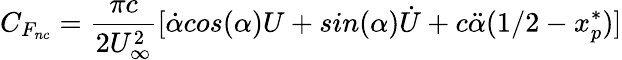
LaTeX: C_{F_{nc}}=\frac{\pi c}{2U_{\infty}^{2}}[\dot{\alpha}cos(\alpha)U+sin(\alpha)\dot{U}+c\ddot{\alpha}(1/2-x_{p}^{*})]